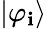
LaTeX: |\varphi_{\mathbf{i}}\rangle